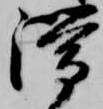
滞